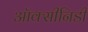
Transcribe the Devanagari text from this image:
ऑक्सीनिडी